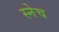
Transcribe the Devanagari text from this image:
स्नेच